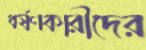
ধর্ষণকারীদের